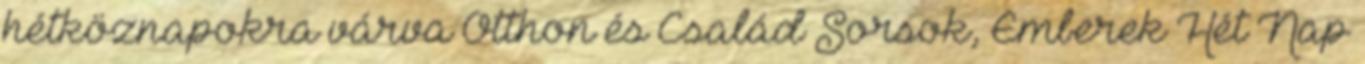
hétköznapokra várva Otthon és Család Sorsok, Emberek Hét Nap